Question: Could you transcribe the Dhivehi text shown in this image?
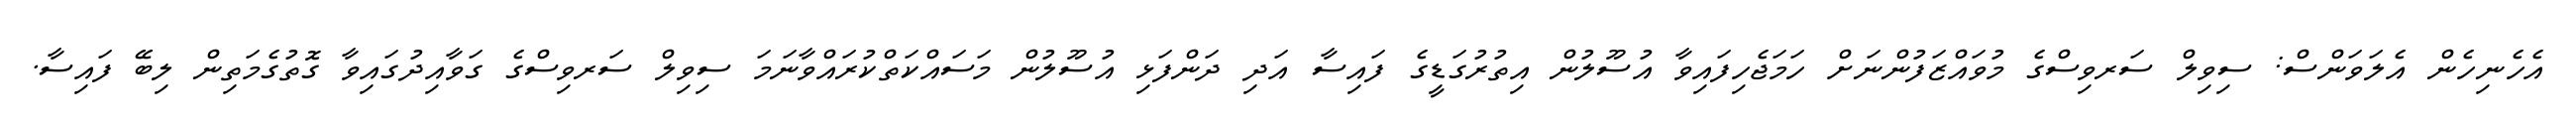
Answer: އެހެނިހެން އެލަވަންސް: ސިވިލް ސަރވިސްގެ މުވައްޒަފުންނަށް ހަމަޖެހިފައިވާ އުސޫލުން އިތުރުގަޑީގެ ފައިސާ އަދި ދަންފަޅި އުސޫލުން މަސައްކަތްކުރައްވާނަމަ ސިވިލް ސަރވިސްގެ ގަވާއިދުގައިވާ ގޮތުގެމަތިން ލިބޭ ފައިސާ.